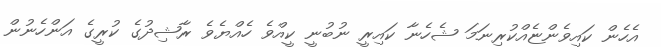
އެހެން ކައިވެންޏެއްކުރިނަމަ ޝެހެނާ ކައިރީ ނުބުނީ ކީއްވެ ހެއްޔެވެ ރާޝިދުގެ ކުރީގެ އަންހެނުން